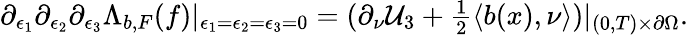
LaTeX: \begin{array}{r}{\partial_{\epsilon_{1}}\partial_{\epsilon_{2}}\partial_{\epsilon_{3}}\Lambda_{b,F}(f){|_{\epsilon_{1}=\epsilon_{2}=\epsilon_{3}=0}}=(\partial_{\nu}\mathcal{U}_{3}+\frac{1}{2}\langle b(x),\nu\rangle)|_{(0,T)\times\partial\Omega}.}\end{array}